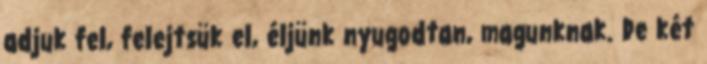
adjuk fel, felejtsük el, éljünk nyugodtan, magunknak. De két